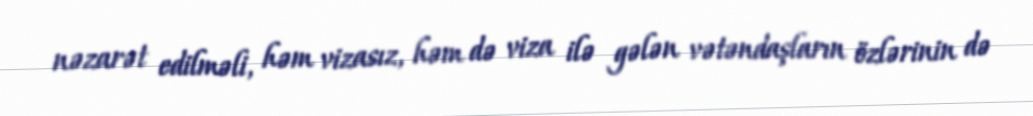
nəzarət edilməli, həm vizasız, həm də viza ilə gələn vətəndaşların özlərinin də